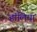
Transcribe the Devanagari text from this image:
हांलिया